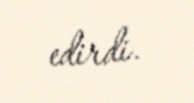
edirdi.